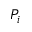
P _ { i }